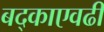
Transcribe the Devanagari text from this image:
बद्काएवढी